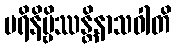
ပရိနိဗ္ဗိဿန္တိနာသဝါတိ